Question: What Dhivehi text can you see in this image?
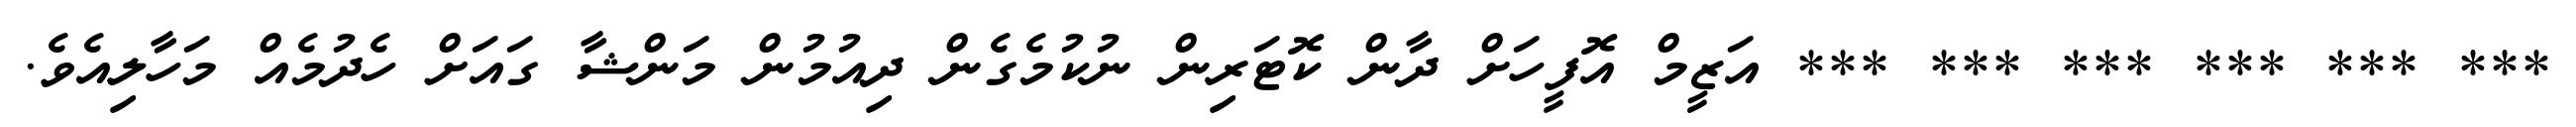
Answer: *** *** *** *** *** *** އަޒީމް އޮފީހަށް ދާން ކޮޓަރިން ނުކުމެގެން ދިއުމުން މަންޝާ ގައަށް ހެދުމެއް މަހާލިއެވެ.